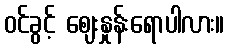
ဝင်ခွင့် ဈေးနှုန်းရောပါလား။